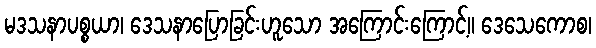
မဒသနာပစ္စယာ၊ ဒေသနာပြောခြင်းဟူသော အကြောင်းကြောင့်။ ဒေသေကောစ၊